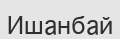
Ишанбай